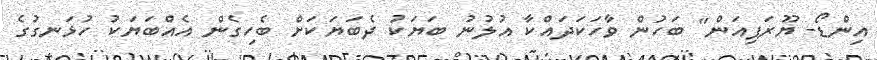
އިންޑޯ- ޔޫރަޕިއަން" ބަހުން ވާހަކަދައްކާ އުލުނު ބަޔަކު ދެބަޔަކަށް ބެހިގެން އެއްބަޔަކު ހުޅަނގުގެ